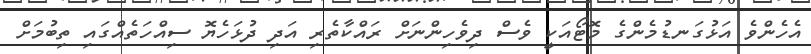
އެހެންވެ އަޅުގަނޑުމެންގެ މޮޓޯއަކީ ވެސް ދިވެހިންނަށް ރައްކާތެރި އަދި ދުޅަހެޔޮ ސިއްހަތެއްގައި ތިބުމަށް